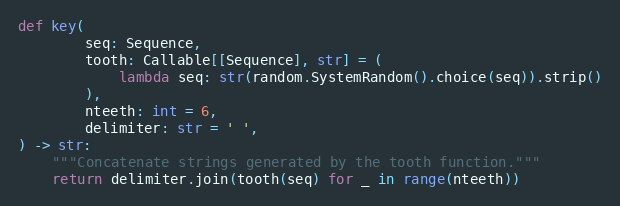
Language: Python
def key(
        seq: Sequence,
        tooth: Callable[[Sequence], str] = (
            lambda seq: str(random.SystemRandom().choice(seq)).strip()
        ),
        nteeth: int = 6,
        delimiter: str = ' ',
) -> str:
    """Concatenate strings generated by the tooth function."""
    return delimiter.join(tooth(seq) for _ in range(nteeth))